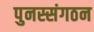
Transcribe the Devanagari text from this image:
पुनस्संगठन